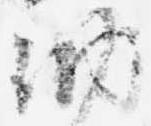
納